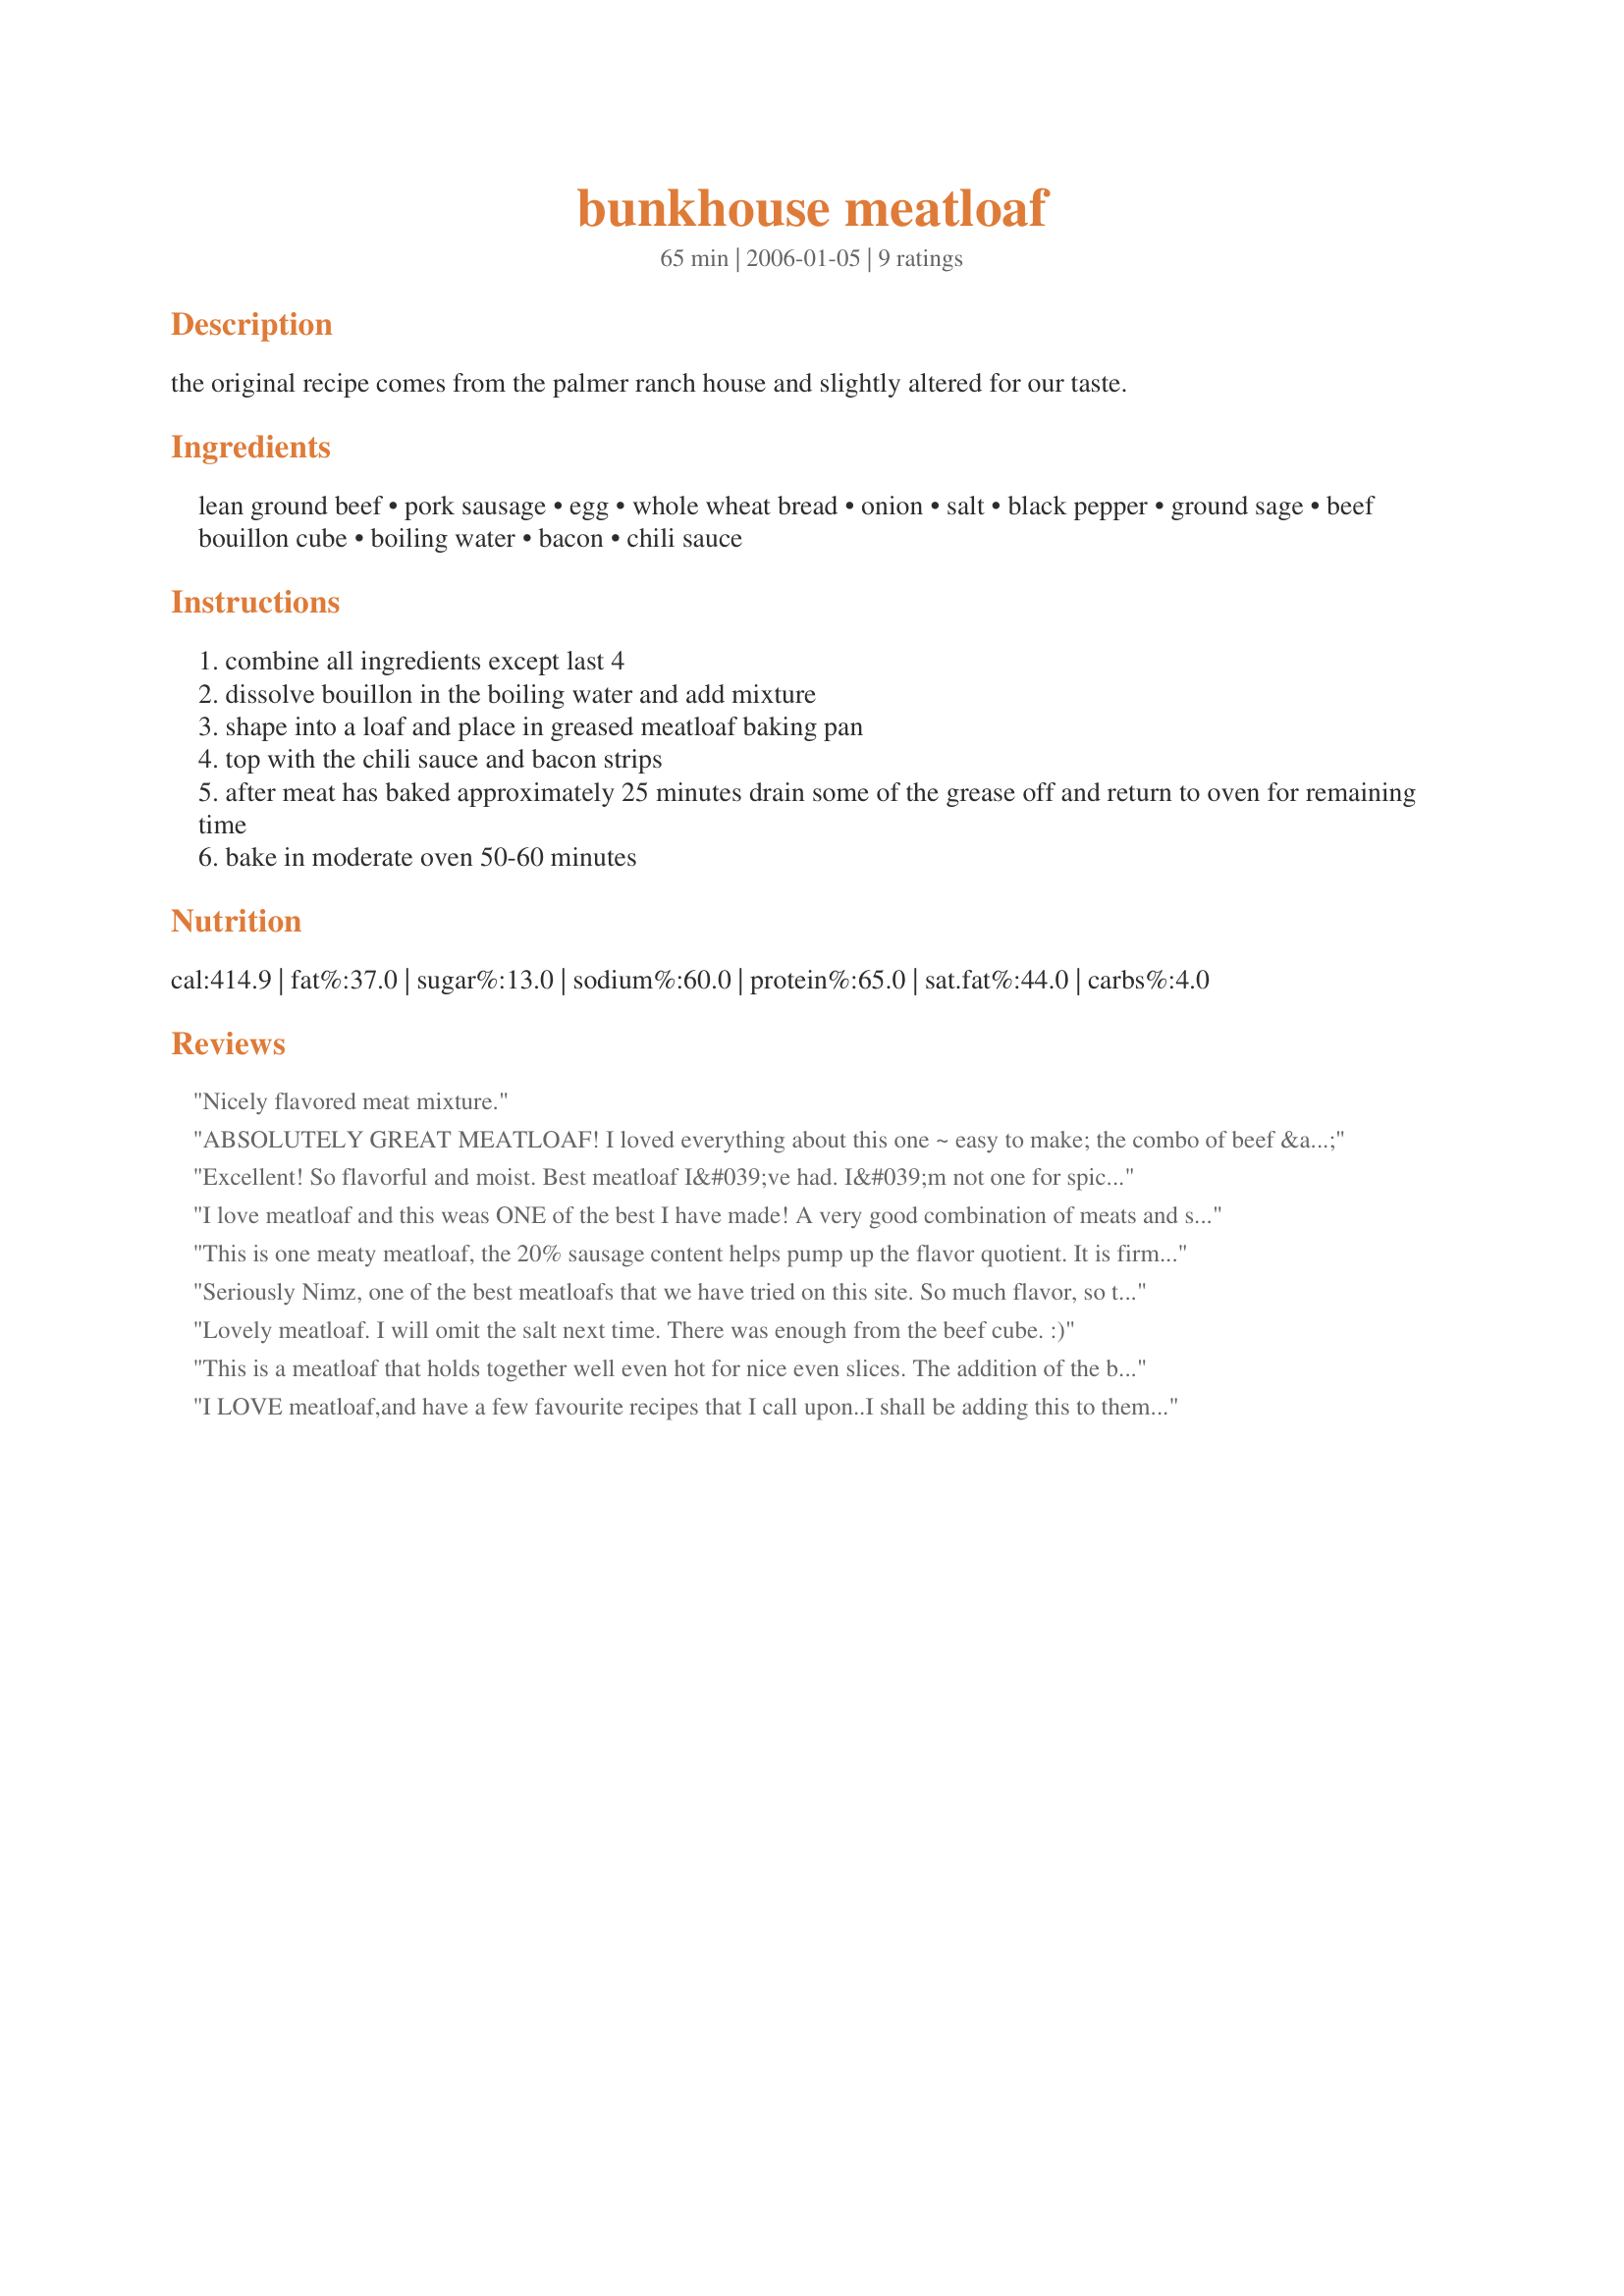
bunkhouse meatloaf
Preparation time: 65 minutes

the original recipe comes from the palmer ranch house and slightly altered for our taste.

Ingredients:
lean ground beef, pork sausage, egg, whole wheat bread, onion, salt, black pepper, ground sage, beef bouillon cube, boiling water, bacon, chili sauce

Steps:
combine all ingredients except last 4
dissolve bouillon in the boiling water and add mixture
shape into a loaf and place in greased meatloaf baking pan
top with the chili sauce and bacon strips
after meat has baked approximately 25 minutes drain some of the grease off and return to oven for remaining time
bake in moderate oven 50-60 minutes

Reviews:
Nicely flavored meat mixture.
ABSOLUTELY GREAT MEATLOAF! I loved everything about this one ~ easy to make; the combo of beef & pork; use of a whole-grain, very hearty whole wheat bread; the bacon; wonderful, wonderful flavor! Definitely a keeper of a recipe ~ Thanks for sharing it! [Tagged, made & reviewed in Zaar Stars Tag Game]
Excellent! So flavorful and moist. Best meatloaf I&#039;ve had. I&#039;m not one for spicy food so next time I will mix 1 tbs chili sauce with 3 tablespoons of ketchup. Also, just as it&#039;s done cooking, I remove the bacon and melt a good cheddar cheese on top under the broiler for a crisp. It was a crowd pleaser.
I love meatloaf and this weas ONE of the best I have made! A very good combination of meats and seasonings......and the topping was a wonderful addition. I had some mixture left over, as my loaf pan was not big enough, so I made little patties and used them for sandwiches for lunch! GREAT meatloaf recipe - made for ZWT3 - thanks Nimz! FT:-)
This is one meaty meatloaf, the 20% sausage content helps pump up the flavor quotient. It is firm,holds together well and tastes good warm or cold. Like many meatloaves, it's even better the second day. Excellent!
Seriously Nimz, one of the best meatloafs that we have tried on this site. So much flavor, so tender and just plain wonderful. The texture was incredible, it melted in your mouth. Made exactly as written but used hot italian sausage instead of plain. We really enjoyed the way that the chili sauce coated and carmalized the bacon, yummo. The addition of the sage powder took it over the top. This is a treat that we will enjoy again and again. It was wonderful served with smashed potatoes and steamed green beans. A truly lovely meal, my granddaughter even liked it. Thank you for sharing this recipe which I made for Spring Pac/2012. Kudos my little pac darling.
Lovely meatloaf. I will omit the salt next time. There was enough from the beef cube. :)
This is a meatloaf that holds together well even hot for nice even slices. The addition of the bacon on top helps to keep the top from drying out. I prepared the loaf in a loaf pan, spread the chili sauce over the top and topped with bacon. Since I had used a loaf pan, I used 2 slices of bacon that were cut in half. We are looking forward to having leftovers for lunch. :)
I LOVE meatloaf,and have a few favourite recipes that I call upon..I shall be adding this to them...it was completely DELICIOUS!!! The sausagemeat and the bacon are a fantastic addition,for both flavour and texture.The entire family hoovered it down (two and four year old included!).
A fabulous recipe-many thanks Nimz.Made for 1-2-3 Hit Wonders.
